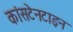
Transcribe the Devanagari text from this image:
कांसटेनटाइन